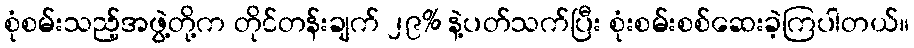
စုံစမ်းသည့်အဖွဲ့တို့က တိုင်တန်းချက် ၂၉% နဲ့ပတ်သက်ပြီး စုံးစမ်းစစ်ဆေးခဲ့ကြပါတယ်။